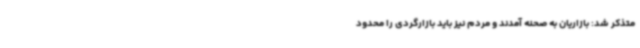
متذکر شد: بازاریان به صحنه آمدند و مردم نیز باید بازارگردی را محدود